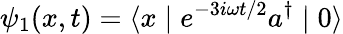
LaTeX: \psi_{1}(x,t)=\langle x\mid e^{-3i\omega t/2}a^{\dagger}\mid 0\rangle